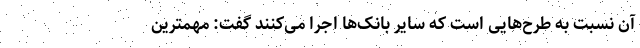
آن نسبت به طرح‌هایی است که سایر بانک‌ها اجرا می‌کنند گفت: مهمترین